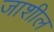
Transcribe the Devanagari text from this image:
जाशील